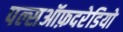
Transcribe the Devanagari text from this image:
पल्सऑफ़दरेडियो